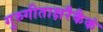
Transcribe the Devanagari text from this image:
गुरुगीताक्षरैकैकं